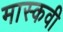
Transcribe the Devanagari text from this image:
मास्कवी